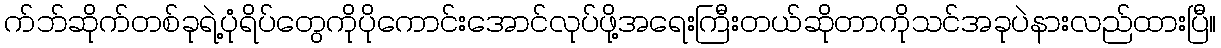
က်ဘ်ဆိုက်တစ်ခုရဲ့ပုံရိပ်တွေကိုပိုကောင်းအောင်လုပ်ဖို့အရေးကြီးတယ်ဆိုတာကိုသင်အခုပဲနားလည်ထားပြီ။